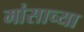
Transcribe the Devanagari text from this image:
मांसाच्या